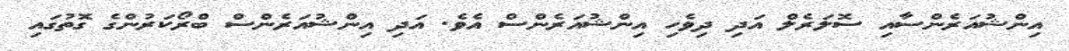
އިންޝުއަރެންސާއި ސޮލަރެލް އަދި ދިވެހި އިންޝުއަރެންސް އެވެ. އަދި އިންޝުއަރެންސް ބްރޯކަރުންގެ ގޮތުގައި